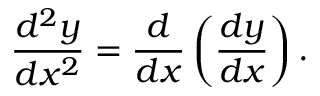
{ \frac { d ^ { 2 } y } { d x ^ { 2 } } } = { \frac { d } { d x } } \left( { \frac { d y } { d x } } \right) .